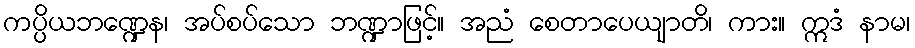
ကပ္ပိယဘဏ္ဍေန၊ အပ်စပ်သော ဘဏ္ဍာဖြင့်။ အညံ စေတာပေယျာတိ၊ ကား။ ဣဒံ နာမ၊